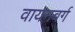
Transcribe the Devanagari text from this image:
वायनबर्ग